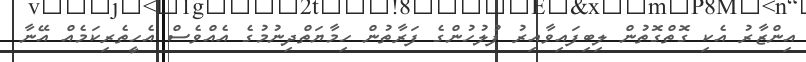
އިންޒާރު އެކި ގޮތްގޮތުން ލިބިފައިވާއިރު ފުލުހުންގެ ފަރާތުން ހިމާޔަތްދިނުމުގެ އެއްވެސް އެހީތެރިކަމެއް އޭނާ